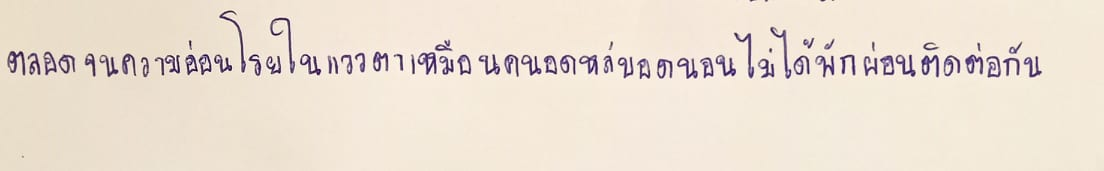
ตลอดจนความอ่อนโรยในแววตาเหมือนคนอดหลับอดนอนไม่ได้พักผ่อนติดต่อกัน